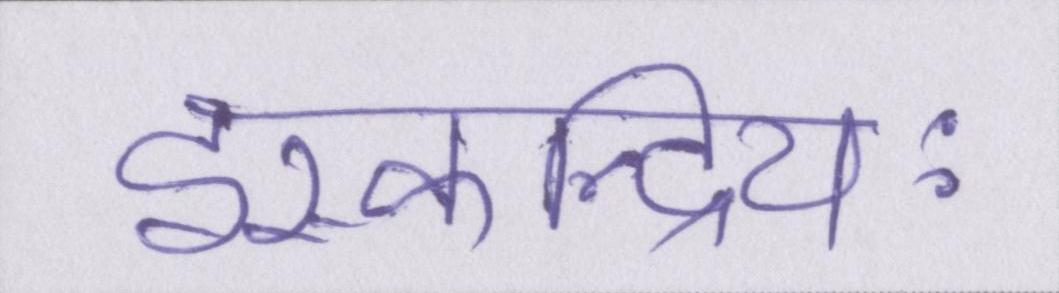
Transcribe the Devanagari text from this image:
इस्कन्द्रियः